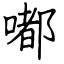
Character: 嘟